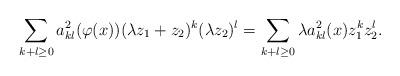
LaTeX: \begin{align*}\sum_{k + l \geq 0} a_{kl}^{2}(\varphi(x)) (\lambda z_{1} + z_{2})^{k} (\lambda z_{2})^{l} = \sum_{k + l \geq 0} \lambda a_{kl}^{2}(x) z_{1}^{k} z_{2}^{l}.\end{align*}